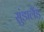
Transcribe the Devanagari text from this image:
सुंडालैंड